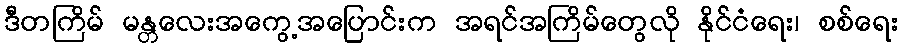
ဒီတကြိမ် မန္တလေးအကွေ့အပြောင်းက အရင်အကြိမ်တွေလို နိုင်ငံရေး၊ စစ်ရေး